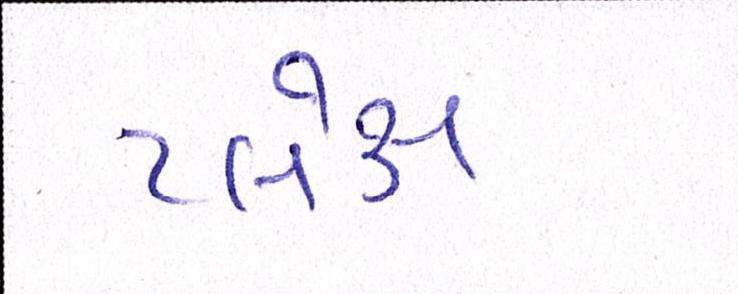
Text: પ્લેક્ષ